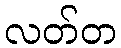
လတ်တ